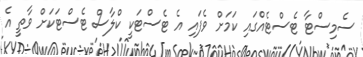
ސެމިސްޓާ ޓެސްޓެއްގައި ކަމަށް ވެފައި އެ ޓެސްޓަކީ ކްލާސް ޓެސްޓަކަށް ވާތީ އެ